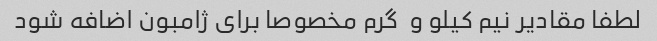
لطفا مقادیر نیم کیلو و  گرم مخصوصا برای ژامبون اضافه شود